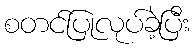
စတင်ပြုလုပ်ခဲ့ပြီး